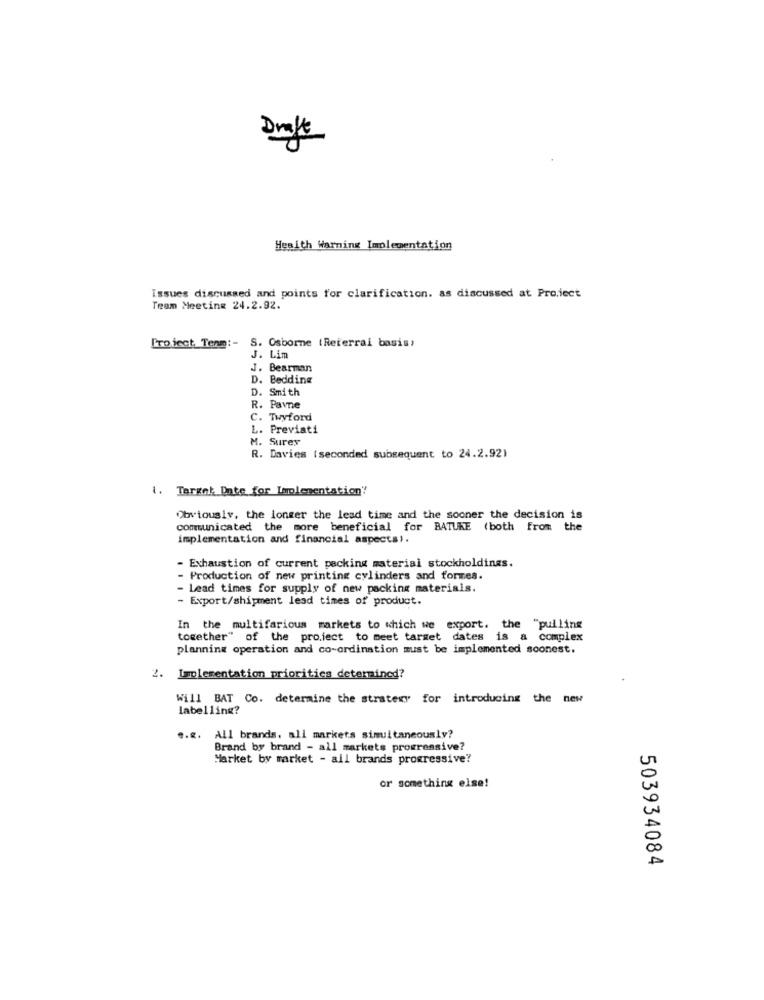
Draft
Heaith Warning Implementation
Issues discussed and points for clarification. as discussed at Pro,ject
Team Meeting 24.2.92.
Project. Tenm :- S. Osborne (Referral basis)
J. Lim
J. Bearman
D. Bedding
D. Smith
R. Pavne
C. Twyford
L. Previati
M. Sures
R. Davies (seconded subsequent to 24.2.92)
1. Target Date for Implementation'
Obviously, the longer the lead time and the sooner the decision is
communicated the more beneficial for BATURE (both from the
implementation and financial aspectsi.
Exhaustion of current pecking material stockholdings.
Production of new printing cylinders and formes.
- Lead times for supply of new packing materials.
- Export/shipment lead times of product.
In the multifarious markets to which we export. the "pulling
together" of the project to meet target dates is a complex
planning operation and co-ordination must be implemented soonest.
2. Implementation priorities determined?
Will BAT Co. determine the strategy for introducing the new
labelling?
. ...
All brands, all markets simultaneously?
Brand by brand - all markets progressive?
Market by market - all brands progressive?
or something else!
503934084